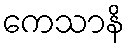
ကေသာနိ